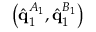
\left( \hat { \mathbf { q } } _ { 1 } ^ { A _ { 1 } } , \hat { \mathbf { q } } _ { 1 } ^ { B _ { 1 } } \right)